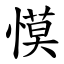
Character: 慔